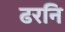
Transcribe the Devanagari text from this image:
ढरनि